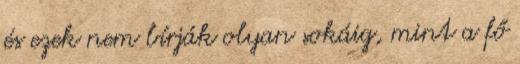
és ezek nem bírják olyan sokáig, mint a fő